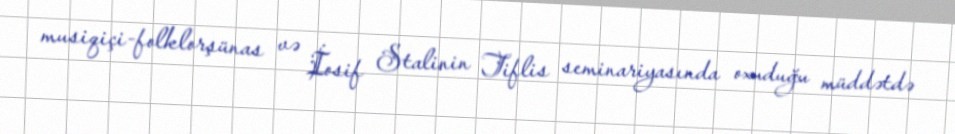
musiqiçi-folklorşünas və İosif Stalinin Tiflis seminariyasında oxuduğu müddətdə